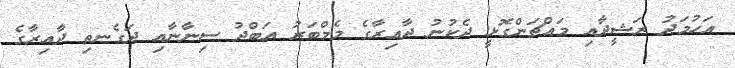
އަހުމަދު ރަޝީދާއި މައްޗަންގޮޅީ ދެކުނު ދާއިރާގެ މެމްބަރު އަބްދު ސިނާނާއި ދަގެނތި ދާއިރާގެ